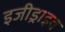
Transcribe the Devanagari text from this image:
इजीड्राइव